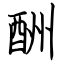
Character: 酬